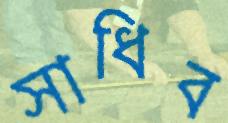
সাধিব